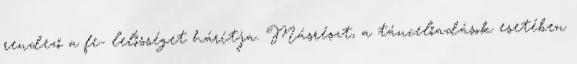
rendező a fe- lelősséget hárítja. Másrészt, a táncelőadások esetében